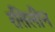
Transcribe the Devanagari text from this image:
रतिलीन